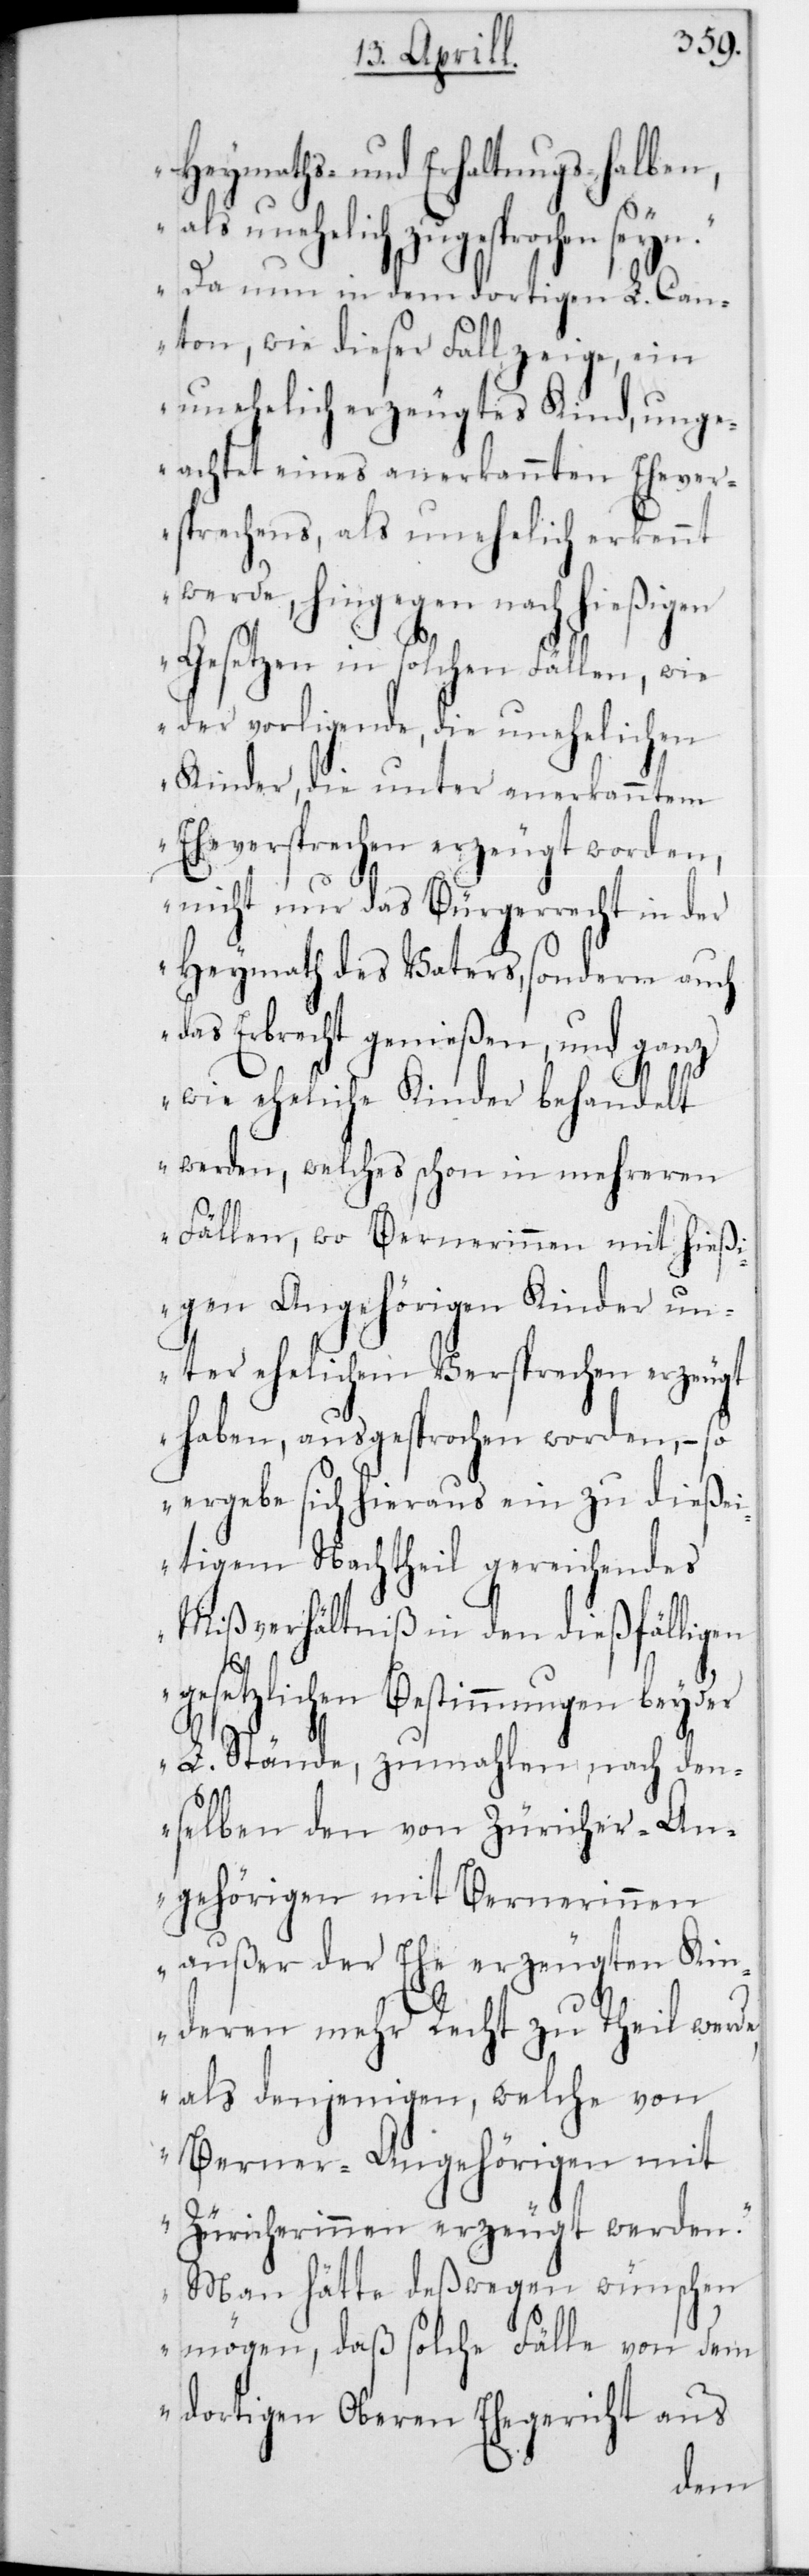
Heymaths- und Erhaltungs halben,
als unehelich zugesprochen seyn.
Da nun in dem dortigen L. Can¬
ton, wie dieser Fall zeige, ein
unehelich erzeugtes Kind, unge¬
achtet eines anerkannten Ehever¬
psrechens, als unehelich erkennt
werde, hingegen nach hießigen
Gesetzen in solchen Fällen, wie
der vorliegende, die unehelichen
Kinder, die unter anerkanntem
Eheversprechen erzeugt worden,
nicht nur das Bürgerrecht in der
Heymath des Vaters, sondern auch
das Erbrecht genießen, und ganz
wie eheliche Kinder behandelt
werden, welches schon in mehreren
Fällen, wo Bernerinnen mit hießi¬
gen Angehörigen Kinder un¬
ter ehelichem Versprechen erzeugt
haben, ausgesprochen worden, – so
ergebe sich hieraus ein zu dießei¬
tigem Nachtheil gereichendes
Mißverhältniß in den dießfälligen
gesetzlichen Bestimmungen beyder
L. Stände, zumahlen nach den¬
selben den von Züricher-An¬
gehörigen mit Bernerinnen
außer der Ehe erzeugten Kin¬
deren mehr Recht zu Theil werde,
als denjenigen, welche von
Berner-Angehörigen mit
Zürcherinnen erzeugt werden.
Man hätte deßwegen wünschen
mögen, daß solche Fälle von dem
dortigen Oberen Ehegericht aus